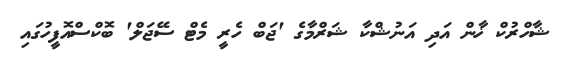
ޝާހްރުކް ޚާން އަދި އަނުޝްކާ ޝަރްމާގެ 'ޖަބް ހެރީ މެޓް ސޭޖަލް' ބޮކްސްއޮފީހުގައި